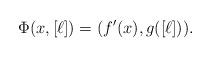
LaTeX: \begin{align*}\Phi(x, [\ell])=(f'(x), g([\ell])).\end{align*}